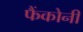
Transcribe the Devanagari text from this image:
फैंकोनी